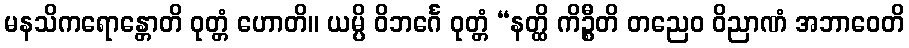
မနသိကရောန္တောတိ ဝုတ္တံ ဟောတိ။ ယမ္ပိ ဝိဘင်္ဂေ ဝုတ္တံ “နတ္ထိ ကိဉ္စီတိ တညေဝ ဝိညာဏံ အဘာဝေတိ